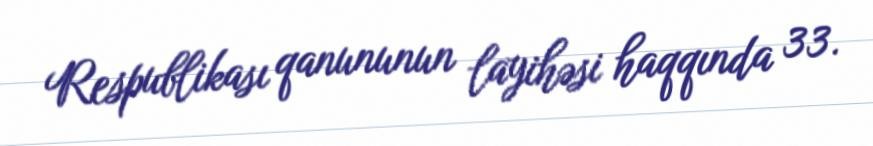
Respublikası qanununun layihəsi haqqında 33.